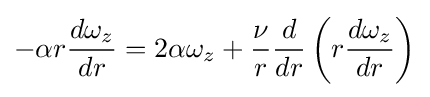
-\alpha r{\frac {d\omega _{z}}{dr}}=2\alpha \omega _{z}+{\frac {\nu }{r}}{\frac {d}{dr}}\left(r{\frac {d\omega _{z}}{dr}}\right)